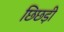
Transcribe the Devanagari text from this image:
छिछड़ी